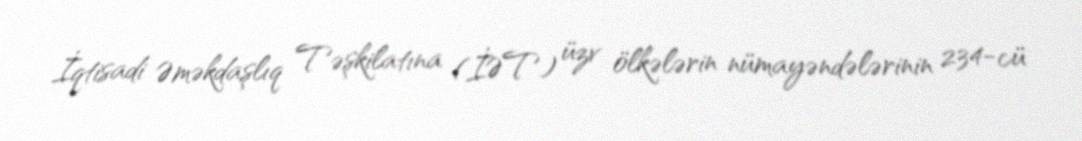
İqtisadi Əməkdaşlıq Təşkilatına (İƏT) üzv ölkələrin nümayəndələrinin 234-cü